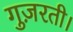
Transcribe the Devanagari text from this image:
गुज़रती।